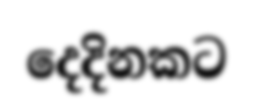
දෙදිනකට